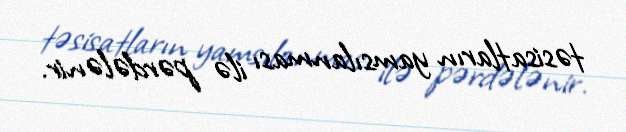
təsisatların yamsılanması ilə pərdələnir.